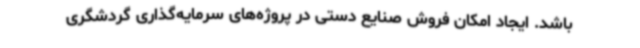
باشد. ایجاد امکان فروش صنایع دستی در پروژه‌های سرمایه‌گذاری گردشگری